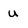
Character: u